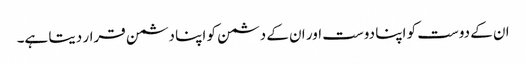
ان کے دوست کو اپنا دوست اور ان کے دشمن کو اپنا دشمن قرار دیتا ہے۔